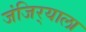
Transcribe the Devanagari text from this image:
जंजिर्‍याला